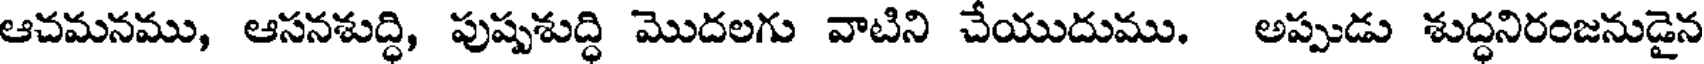
ఆచమనము, ఆసనశుద్ధి, పుష్పశుద్ధి మొదలగు వాటిని చేయుదుము. అప్పుడు శుద్ధనిరంజనుడైన